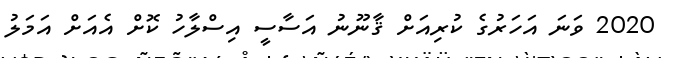
2020 ވަނަ އަހަރުގެ ކުރިއަށް ޤާނޫނު އަސާސީ އިސްލާހު ކޮށް އެއަށް އަމަލު